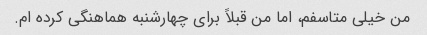
من خیلی متاسفم، اما من قبلاً برای چهارشنبه هماهنگی کرده ام.